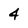
Character: 4